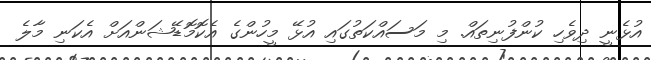
އުޅެނީ ދިވެހި ކުންފުނިތައް. މި މަސައްކަތުގައި އުޅޭ މީހުންގެ އެކޮމޮޑޭޝަންއަށް އެކަނި މާލެ